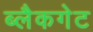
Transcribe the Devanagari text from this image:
ब्लैकगेट